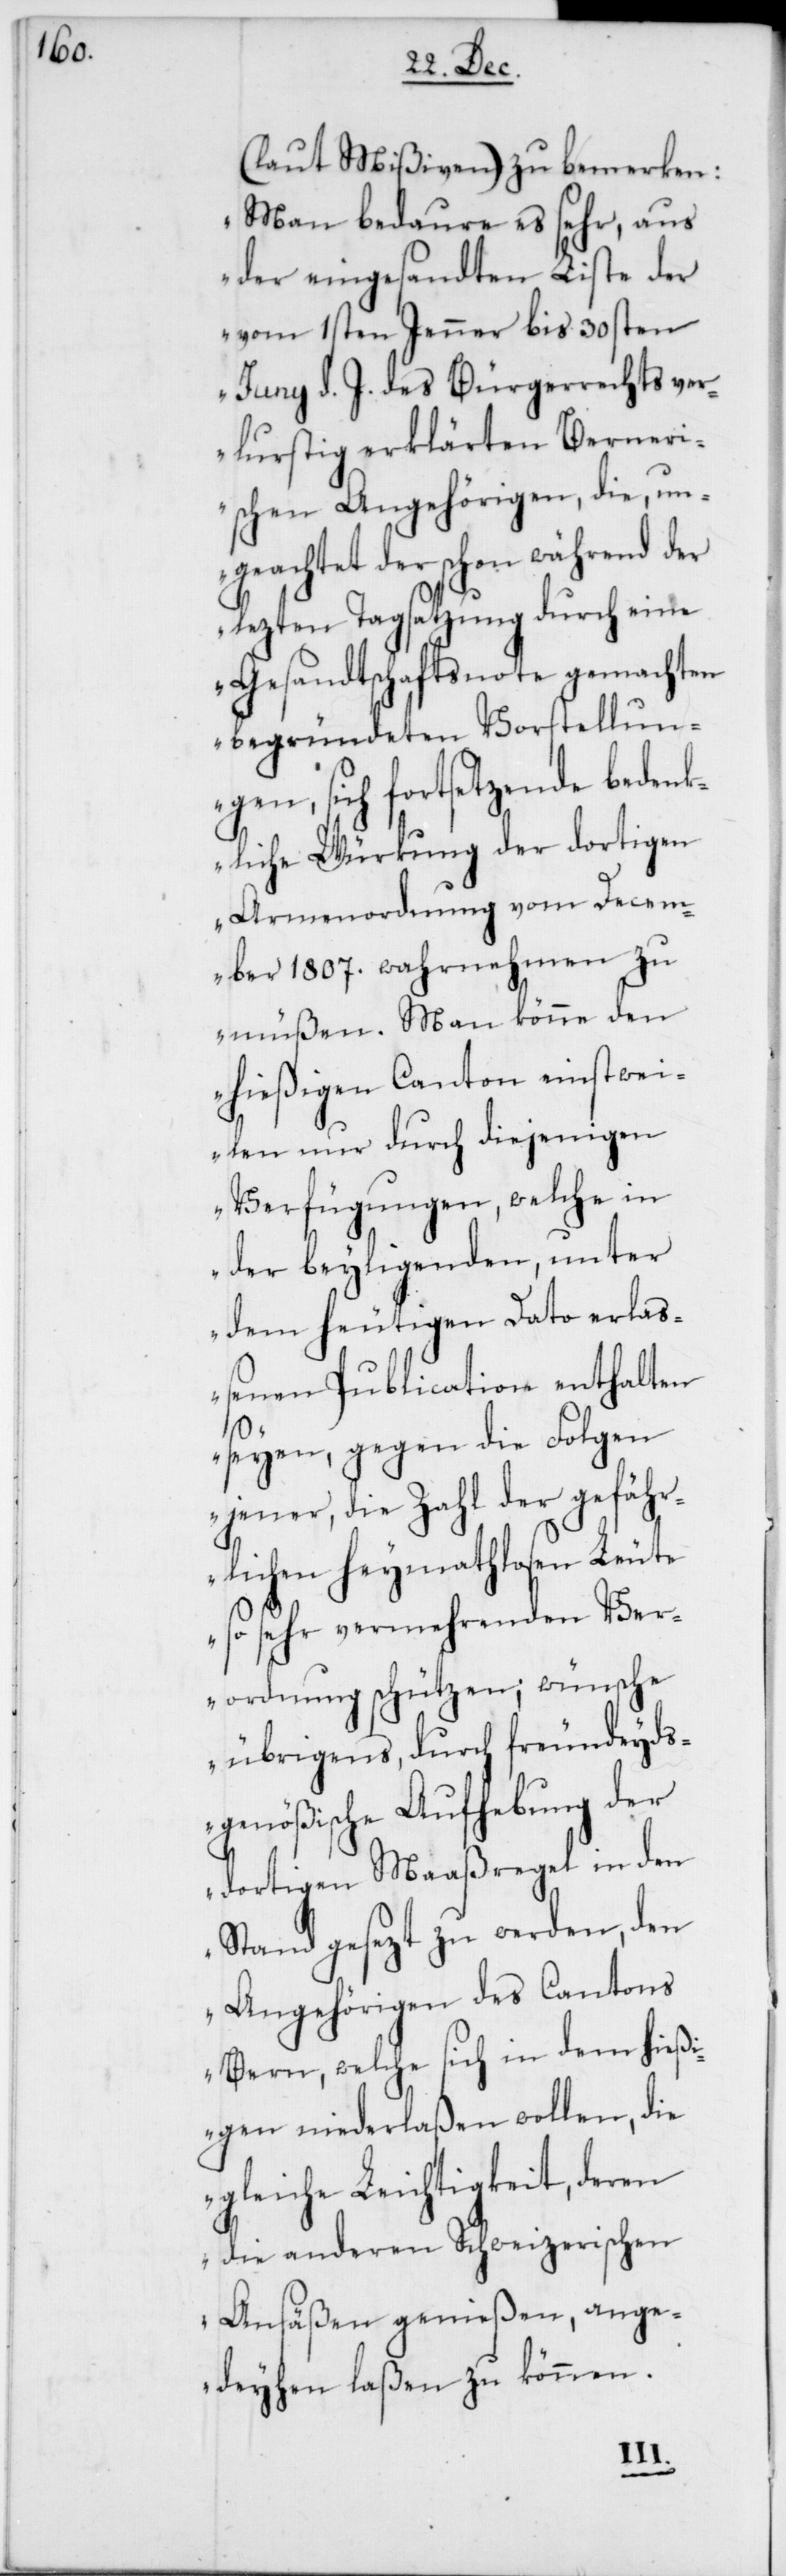
(laut Mißiven) zu bemerken:
„Man bedaure es sehr, aus
der eingesandten Liste der
vom 1sten Jenner bis 30sten
Juni d. J. des Bürgerrechts ver¬
lustig erklärten Berneri¬
schen Angehörigen, die un¬
geachtet der schon während der
lezten Tagsatzung durch eine
Gesandtschaftsnote gemachten
begründeten Vorstellung¬
en, sich fortsetzende beden¬
kliche Würkung der dortigen
Armenordnung vom Decem¬
ber 1807. wahrnehmen zu
müßen. Man könne den
hießigen Canton einstwei¬
len nur durch diejenigen
Verfügungen, welche in
der beyliegenden, unter
dem heutigen Dato erlaß¬
enen Publication enthalten
seyen, gegen die Folgen
jener, die Zahl der gefäh¬
rlichen heymathlosen Leute
so sehr vermehrenden Ver¬
ordnung schützen; wünsche
übrigens, durch freundeyd¬
sgenößische Aufhebung der
dortigen Maaßregel in den
Stand gesezt zu werden, den
Angehörigen des Cantons
Bern, welche sich in dem hießi¬
gen niederlaßen wollen, die
gleiche Leichtigkeit, deren
die anderen Schweizerischen
Ansäßen genießen, ange¬
deyhen laßen zu können.